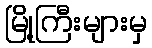
မြို့ကြီးများမှ